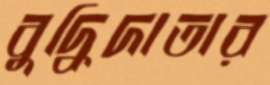
বুদ্ধিদাতার